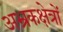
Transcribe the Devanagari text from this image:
अभ्रकक्षेत्रों